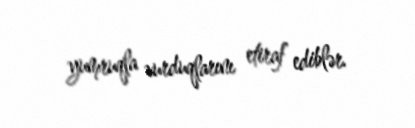
yumruqla vurduqlarını etiraf ediblər.